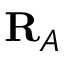
\mathbf { R } _ { A }